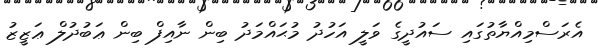
އެރަސްމިއްޔާތުގައި ސައުދީގެ ވަލީ އަހުދު މުޙައްމަދު ބިން ނާއިފް ބިން ޢަބުދުލް ޢަޒީޒު